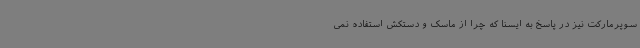
سوپرمارکت نیز در پاسخ به ایسنا که چرا از ماسک و دستکش استفاده نمی